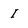
Character: I